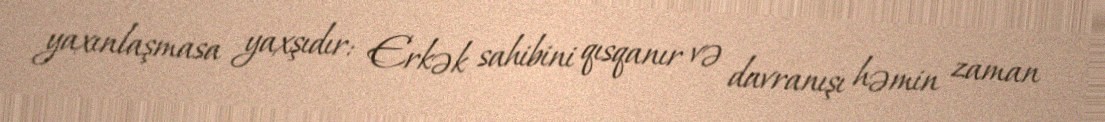
yaxınlaşmasa yaxşıdır: Erkək sahibini qısqanır və davranışı həmin zaman